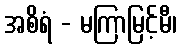
အစိရံ - မကြာမြင့်မီ၊